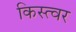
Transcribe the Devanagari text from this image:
किस्त्वर